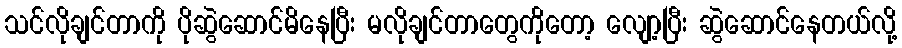
သင်လိုချင်တာကို ပိုဆွဲဆောင်မိနေပြီး မလိုချင်တာတွေကိုတော့ လျော့ပြီး ဆွဲဆောင်နေတယ်လို့